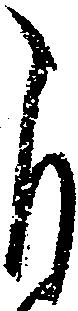
自